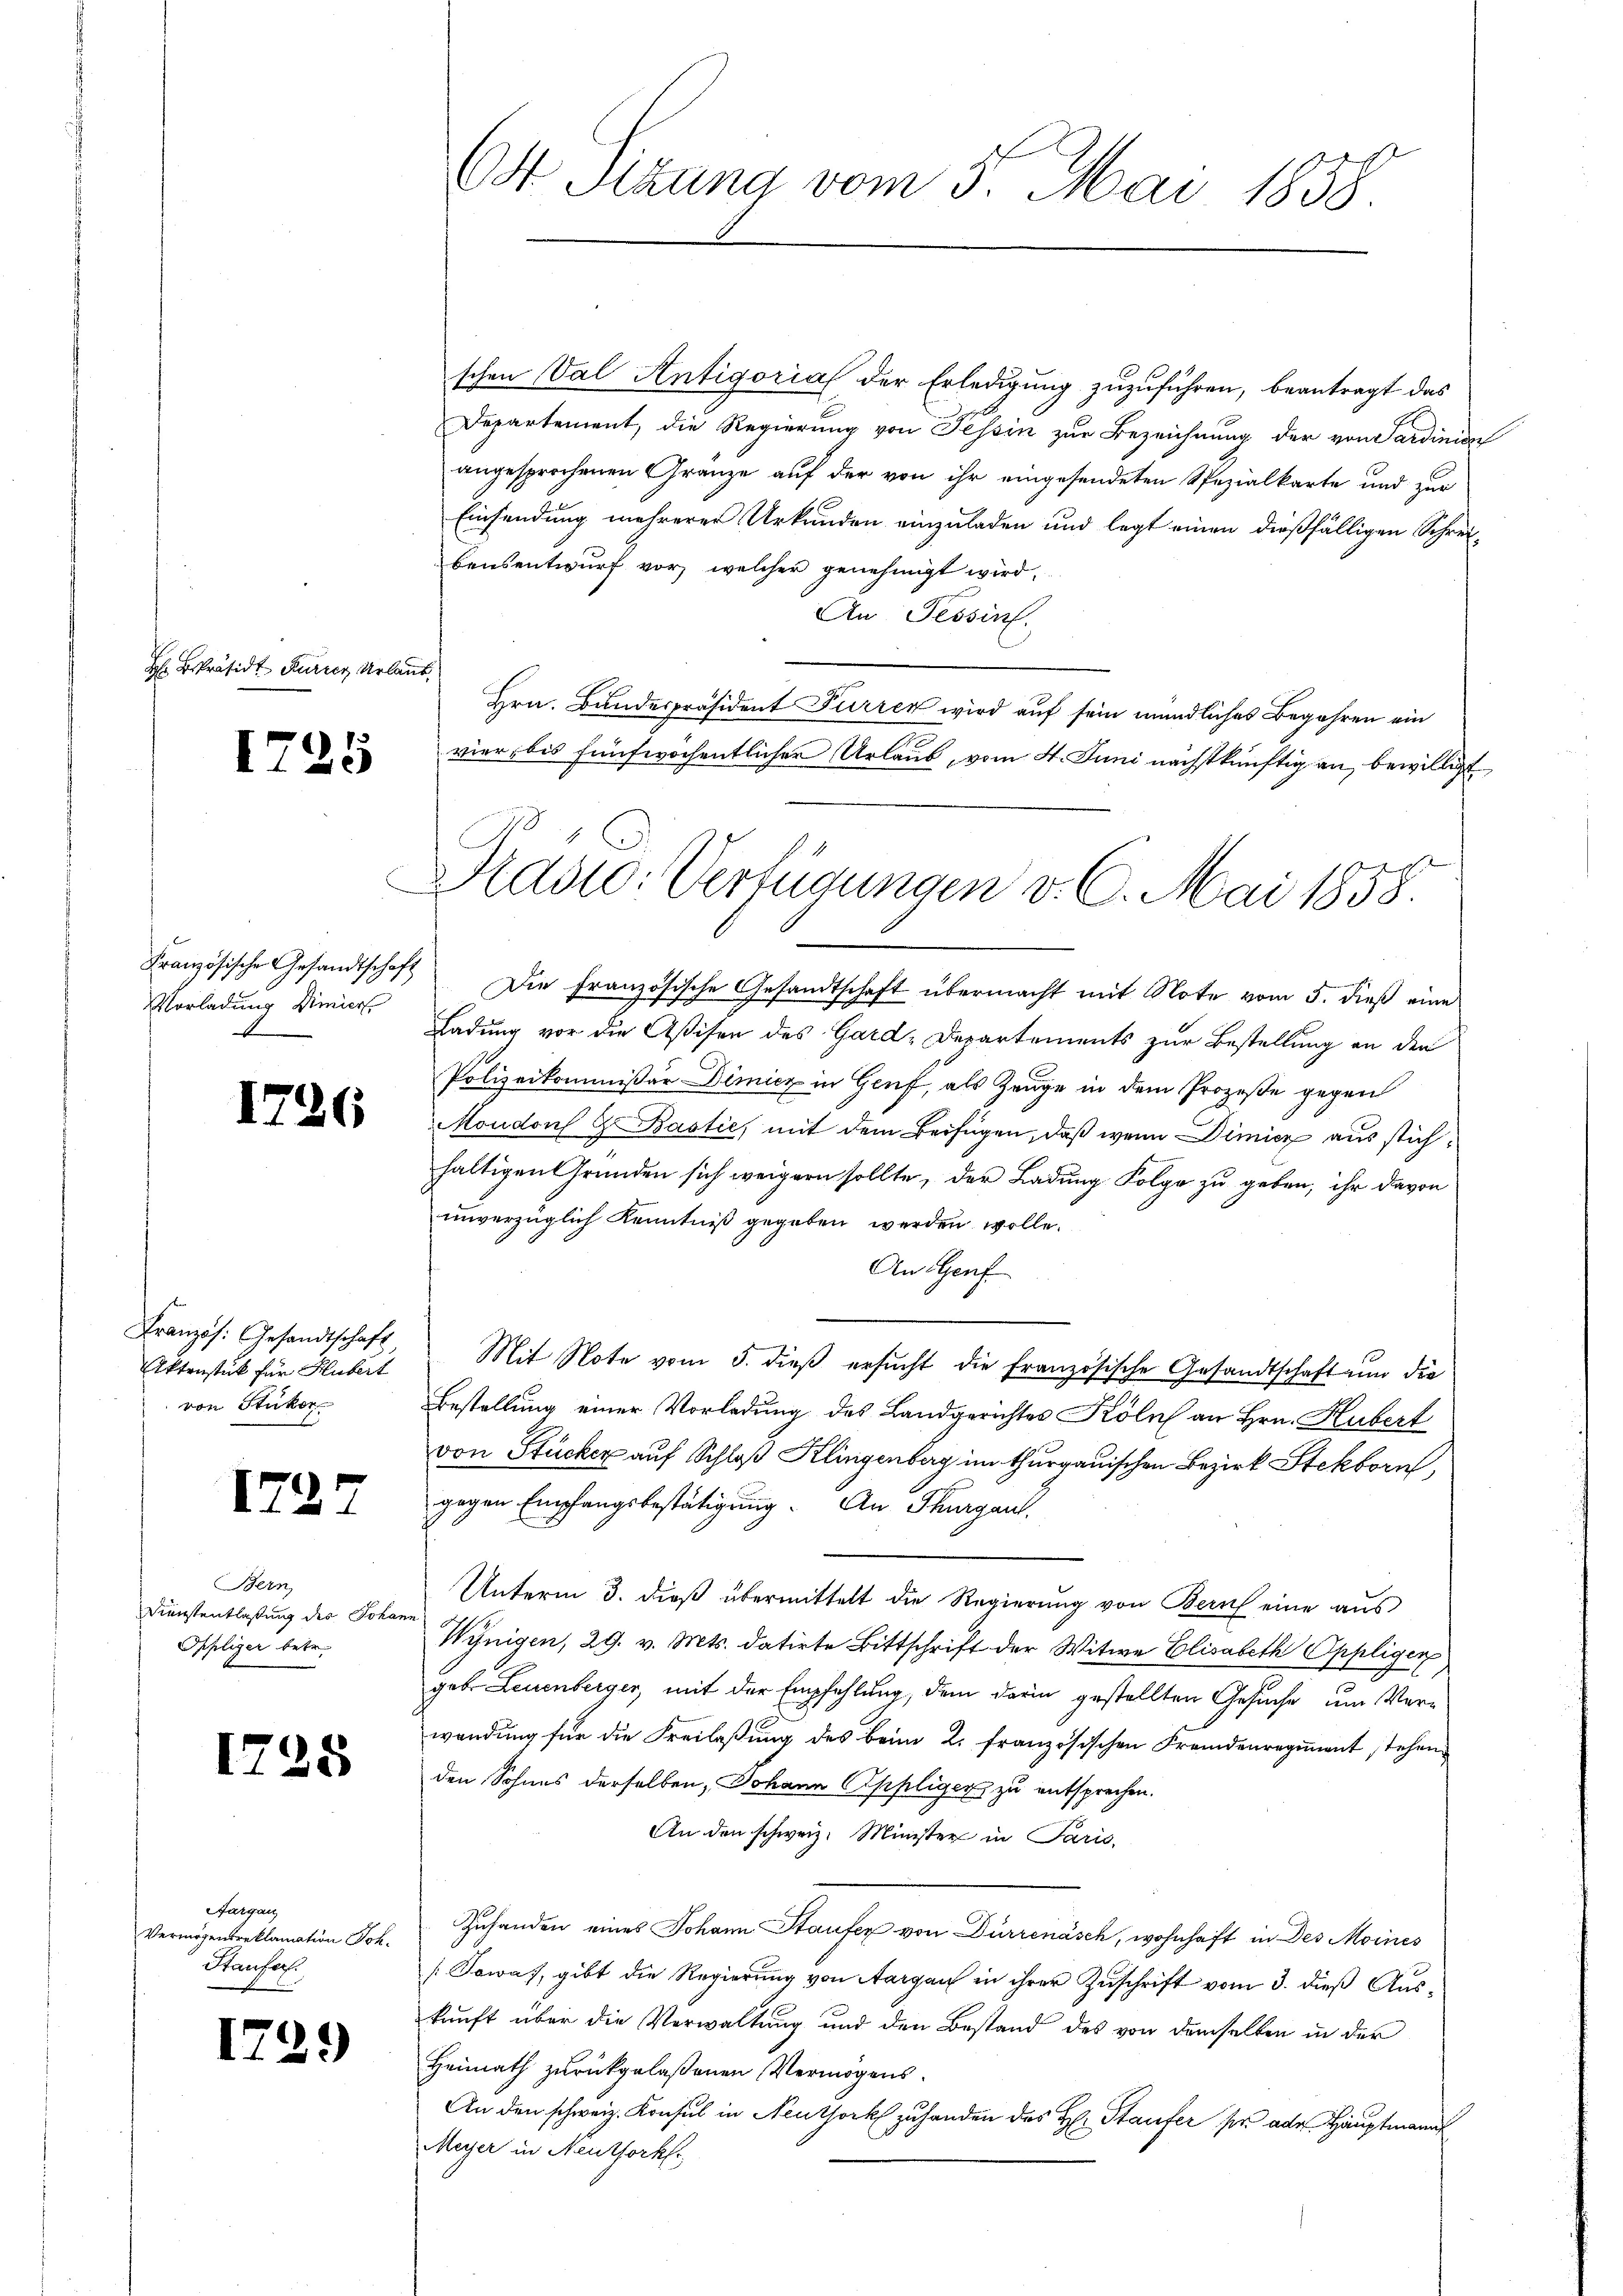
H BPräsidt Furrer Urlaub

d

Französische Gesandtschaft
Vorladung Dimier
x

1

I

726

1722

725

Französ. Gesandtschaft,
Aktenstück für Hubert
von Stukor

Bern,
Dienstentlaßung des Johan
Ophliger betr.

25

Aargau
Vermögensreklamation Joh.
Staufer.

729

O Szuna vom 5. Mai 1838.

Pradto: Verfügungen v. 6. Mai 1858.

schen Val Antigorial der Erledigung zuzuführen, beantragt das
Departement, die Regierung von Tessin zur Bezeichnung der von Sardinien
angesprochenen Gränze auf der von ihr eingesendeten Spezialkarte und zur
Einsendung mehrerer Urkunden einzuladen und legt einen dießfälligen Schreibensentwurf vor, welcher genehmigt wird,
An Tessin.
Hrn. Bundespräsident Furren wird auf sein mündliches Begehren ein
vier, bis fünfwöchentlicher Urlaub, vom 4. Juni nächstkünftig an, bewilligt
Die Französische Gesandtschaft übermacht mit Note vom 5. dieß eine
Ladung vor die Aßisen des Gard-Departements zur Bestellung an den
Polizeikommißär Dimier in Genf, als Zeuge in dem Prozeße gegen
Moudons & Bastie, mit dem Beifügen, daß wenn Dimicz aus stichhaltigen Gründen sich weigern sollte, der Ladung Folge zu geben, ihr davon
unverzüglich Kenntniß gegeben werden wolle.
An Genf
Mit Note vom 5. dieß ersucht die französische Gesandtschaft nun die
Bestellung einer Vorladung des Landgerichtes Kölns an Hrn. Hubert
von Stücker auf Schloß Klingenberg im thurgauischen Bezirk Stekborn,
gegen Empfangsbestätigung. An Thurgau,
Unterm 3. dieß übermittelt die Regierung von Bern eine aus
Winigen, 29. v. Mts. datirte Bittschrift der Witwe Elisabeth Oppligen
geb. Leuenberger, mit der Empfehlung, dem darin gestellten Gesuche um Verwendung für die Freilaßung des beim R. französischen Fremdenregiment stehen
den Sohnes derselben, Johann siseliger zu entsprechen.
An den schweiz. Minister in Paris,
Zuhanden eines Johann Staufer von Dürrenäsch, wohnhaft in des Meines
[Towas, gibt die Regierung von Aargau in ihrer Zuschrift vom 3. dieß Auskunft über die Verwaltung und den Bestand des von demselben in der
Heimath zurückgelaßenen Vermögens¬
An den schweiz. Konsul in Neuthork zu handen des H: Staufer pr. ader Hauptmann
Meyer in Neuthorkfr